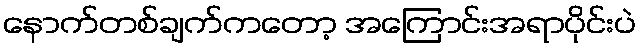
နောက်တစ်ချက်ကတော့ အကြောင်းအရာပိုင်းပဲ